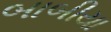
બાબીયા